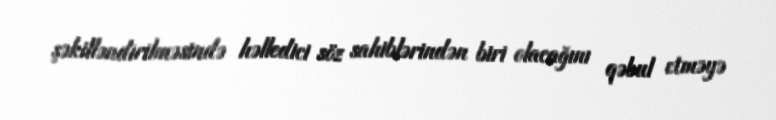
şəkilləndirilməsində həlledici söz sahiblərindən biri olacağını qəbul etməyə